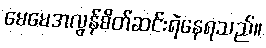
မေမေအလွန်စိတ်ဆင်းရဲနေရသည်။